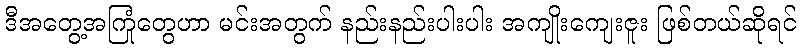
ဒီအတွေ့အကြုံတွေဟာ မင်းအတွက် နည်းနည်းပါးပါး အကျိုးကျေးဇူး ဖြစ်တယ်ဆိုရင်